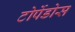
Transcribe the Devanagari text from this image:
टोर्पेडोस